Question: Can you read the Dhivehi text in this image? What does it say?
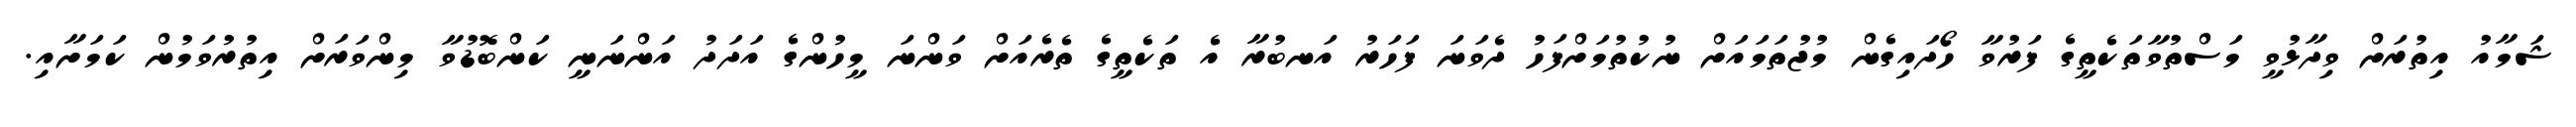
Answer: ޝަމާއު އިތުރަށް ވިދާޅުވީ މަސްތުވާތަކެތީގެ ފަރުވާ ހޯދައިގެން މުޖުތަމައަށް ނުކުތުމަށްފަހު ދެވަނަ ފަހަރު އަނބުރާ އެ ތަކެތީގެ ތެރެއަށް ވަންނަ މީހުންގެ އަދަދު އަންނަނީ ކަންބޮޑުވާ މިންވަރަށް އިތުރުވަމުން ކަމަށާއި.